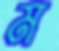
ম